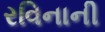
રવિનાની